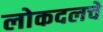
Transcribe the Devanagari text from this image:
लोकदलचे